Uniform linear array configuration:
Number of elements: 48
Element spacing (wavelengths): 0.75
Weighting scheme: exponential
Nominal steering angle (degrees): -60
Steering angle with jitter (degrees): -58.466
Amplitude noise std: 0.05
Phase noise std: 0.05

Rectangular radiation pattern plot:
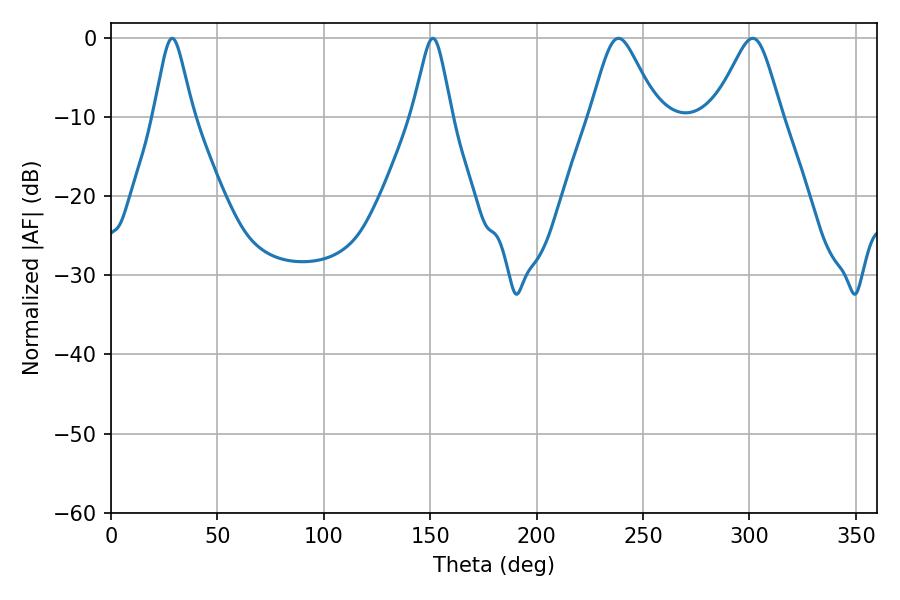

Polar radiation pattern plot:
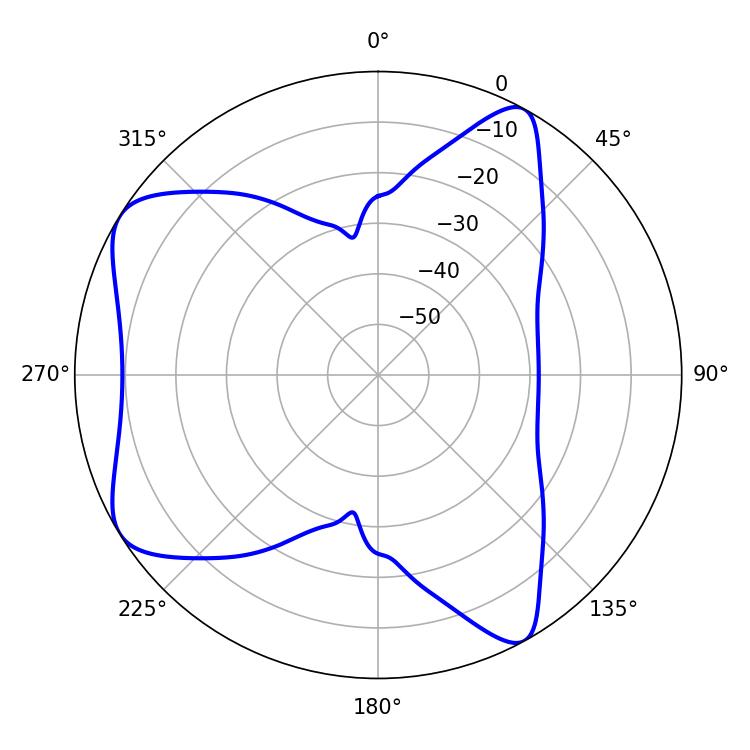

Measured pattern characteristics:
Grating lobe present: TRUE
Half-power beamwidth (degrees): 15.3
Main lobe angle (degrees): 238.5